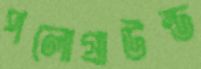
পলোগ্রাউন্ড